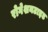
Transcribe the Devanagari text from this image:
रोगेशनटाइड